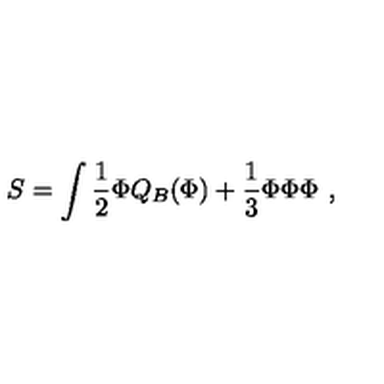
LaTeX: S = \int \frac { 1 } { 2 } \Phi Q _ { B } ( \Phi ) + \frac { 1 } { 3 } \Phi \Phi \Phi \ ,